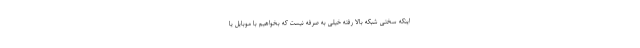
اینکه سختی شبکه بالا رفته خیلی به صرفه نیست که بخواهیم با موبایل یا